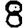
Digit: 8